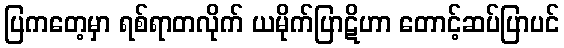
ပြကတေ့မှာ ရစ်ရာတလိုက် ယမိုက်ပြာဋိဟာ တောင့်ဆပ်ပြာပင်